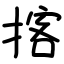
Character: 揢